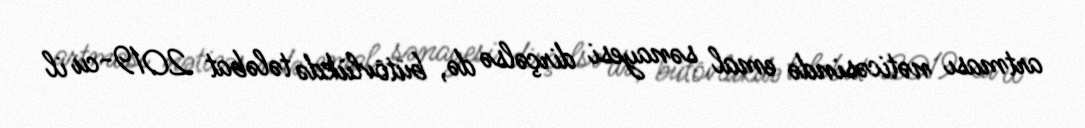
artması nəticəsində emal sənayesi dirçəlsə də, bütövlükdə tələbat 2019-cu il